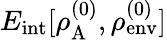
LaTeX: E_{\mathrm{int}}[\rho_{\mathrm{A}}^{(0)},\rho_{\mathrm{env}}^{(0)}]